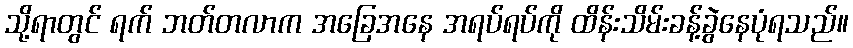
သို့ရာတွင် ရက် ဘတ်တလာက အခြေအနေ အရပ်ရပ်ကို ထိန်းသိမ်းခန့်ခွဲနေပုံရသည်။